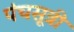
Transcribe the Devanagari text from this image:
पंचसूत्री